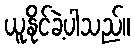
ယူနိုင်ခဲ့ပါသည်။